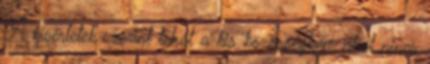
A kísérletek szerint tehát a kis közösségben, ahol nincs